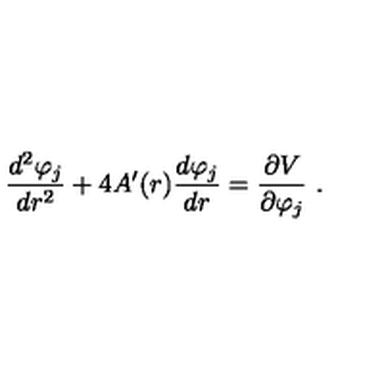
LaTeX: { \frac { d ^ { 2 } \varphi _ { j } } { d r ^ { 2 } } } + 4 A ^ { \prime } ( r ) { \frac { d \varphi _ { j } } { d r } } = { \frac { \partial V } { \partial \varphi _ { j } } } \ .